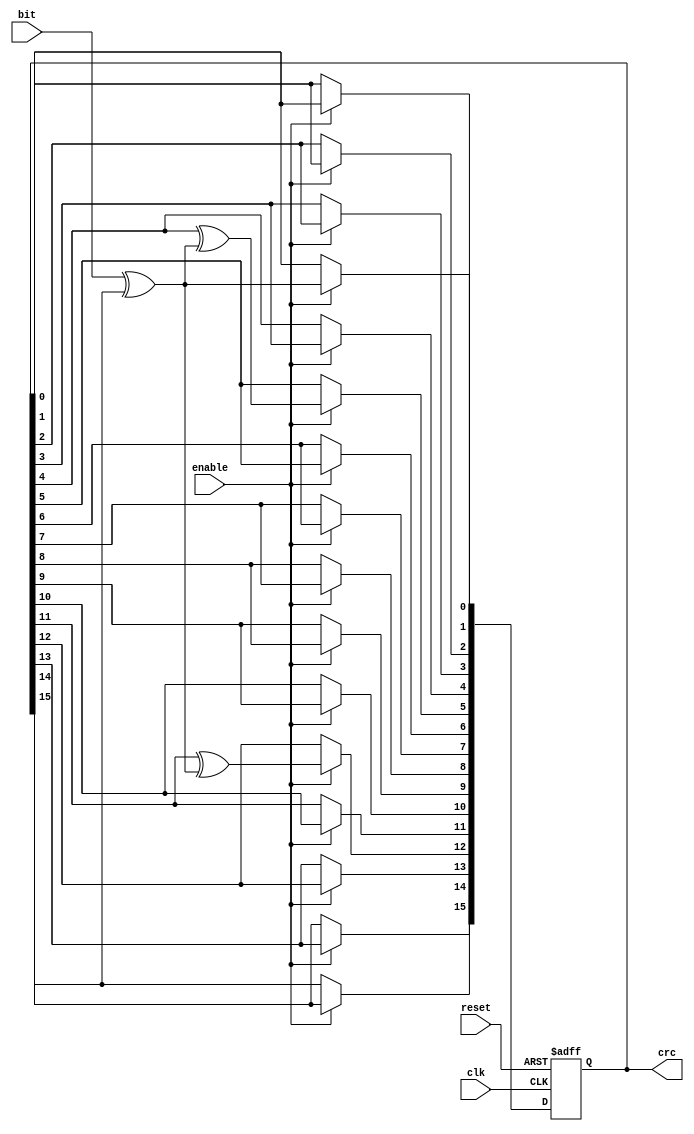
module crc_16(bit, enable, clk, reset, crc);
  input bit;
  input enable;
  input clk;
  input reset;
  output[15:0] crc;

  reg[15:0] crc;   

  wire inv;

  assign inv = bit ^ crc[15];
   
  always @(posedge clk or posedge reset) begin
    if (reset) begin
      crc = 0;   
    end else begin
      if (enable==1) begin
        crc[15] = crc[14];
        crc[14] = crc[13];
        crc[13] = crc[12];
        crc[12] = crc[11] ^ inv;
        crc[11] = crc[10];
        crc[10] = crc[9];
        crc[9] = crc[8];
        crc[8] = crc[7];
        crc[7] = crc[6];
        crc[6] = crc[5];
        crc[5] = crc[4] ^ inv;
        crc[4] = crc[3];
        crc[3] = crc[2];
        crc[2] = crc[1];
        crc[1] = crc[0];
        crc[0] = inv;
      end
    end
  end
   
endmodule